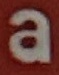
a